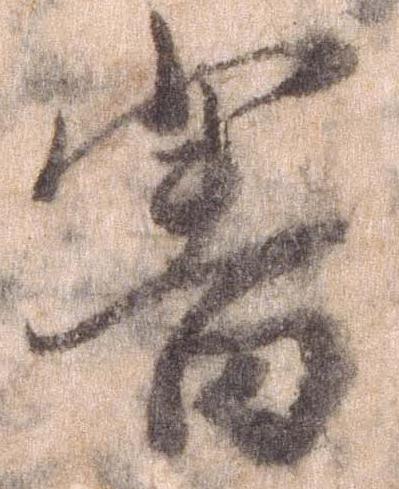
審